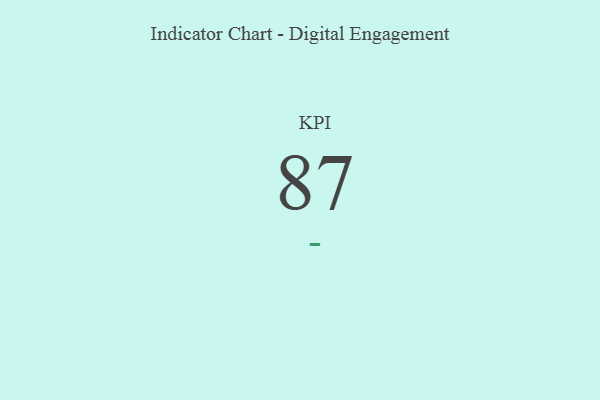
{"axis": {"x": "KPI", "y": "Value"}, "legend": [""], "data": [{"x": "KPI", "y": 87, "type": ""}]}